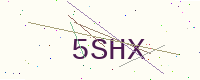
Text: 5SHX